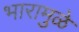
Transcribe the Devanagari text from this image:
भारामुळे